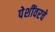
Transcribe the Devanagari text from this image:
पेशींवरचे